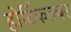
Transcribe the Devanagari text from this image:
होर्टिकल्चर